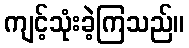
ကျင့်သုံးခဲ့ကြသည်။